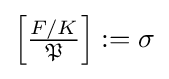
{\textstyle \left[{\frac {F/K}{\mathfrak {P}}}\right]:=\sigma }